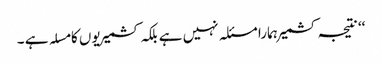
‘‘ نتیجہ کشمیر ہمارا مسئلہ نہیں ہے بلکہ کشمیریوں کا مسلہ ہے ۔